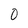
Character: 0